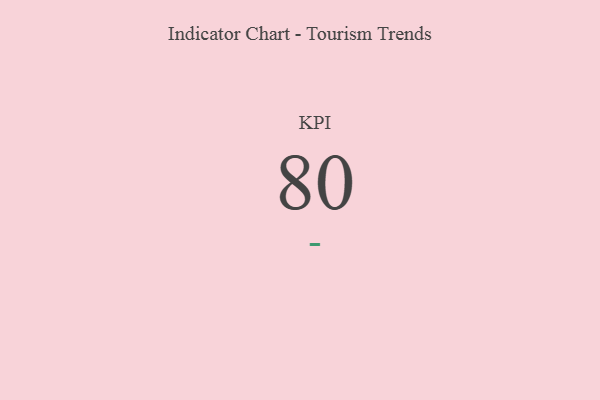
{"axis": {"x": "KPI", "y": "Value"}, "legend": [""], "data": [{"x": "KPI", "y": 80, "type": ""}]}